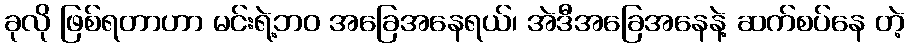
ခုလို ဖြစ်ရတာဟာ မင်းရဲ့ဘဝ အခြေအနေရယ်၊ အဲဒီအခြေအနေနဲ့ ဆက်စပ်နေ တဲ့